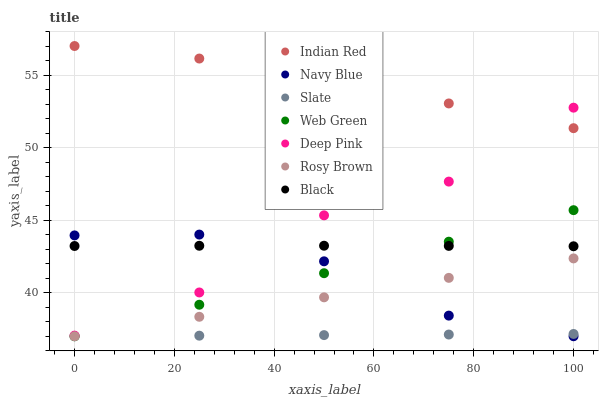
| xaxis_label | Indian Red | Navy Blue | Slate | Web Green | Deep Pink | Rosy Brown | Black |
 | --- | --- | --- | --- | --- | --- | --- | --- |
 | 0 | 57 | 43.9 | 37 | 37 | 37 | 37 | 43.2 |
 | 25 | 56.1 | 44 | 37 | 39.2 | 40 | 38.3 | 43.2 |
 | 50 | 53.7 | 42.2 | 37.1 | 41.3 | 45.3 | 39.7 | 43.2 |
 | 75 | 53 | 38.4 | 37.1 | 43.5 | 47.7 | 41 | 43.2 |
 | 100 | 51.3 | 37 | 37.2 | 45.7 | 52.8 | 42.4 | 43.2 |